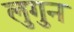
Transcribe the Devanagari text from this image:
लुगुन